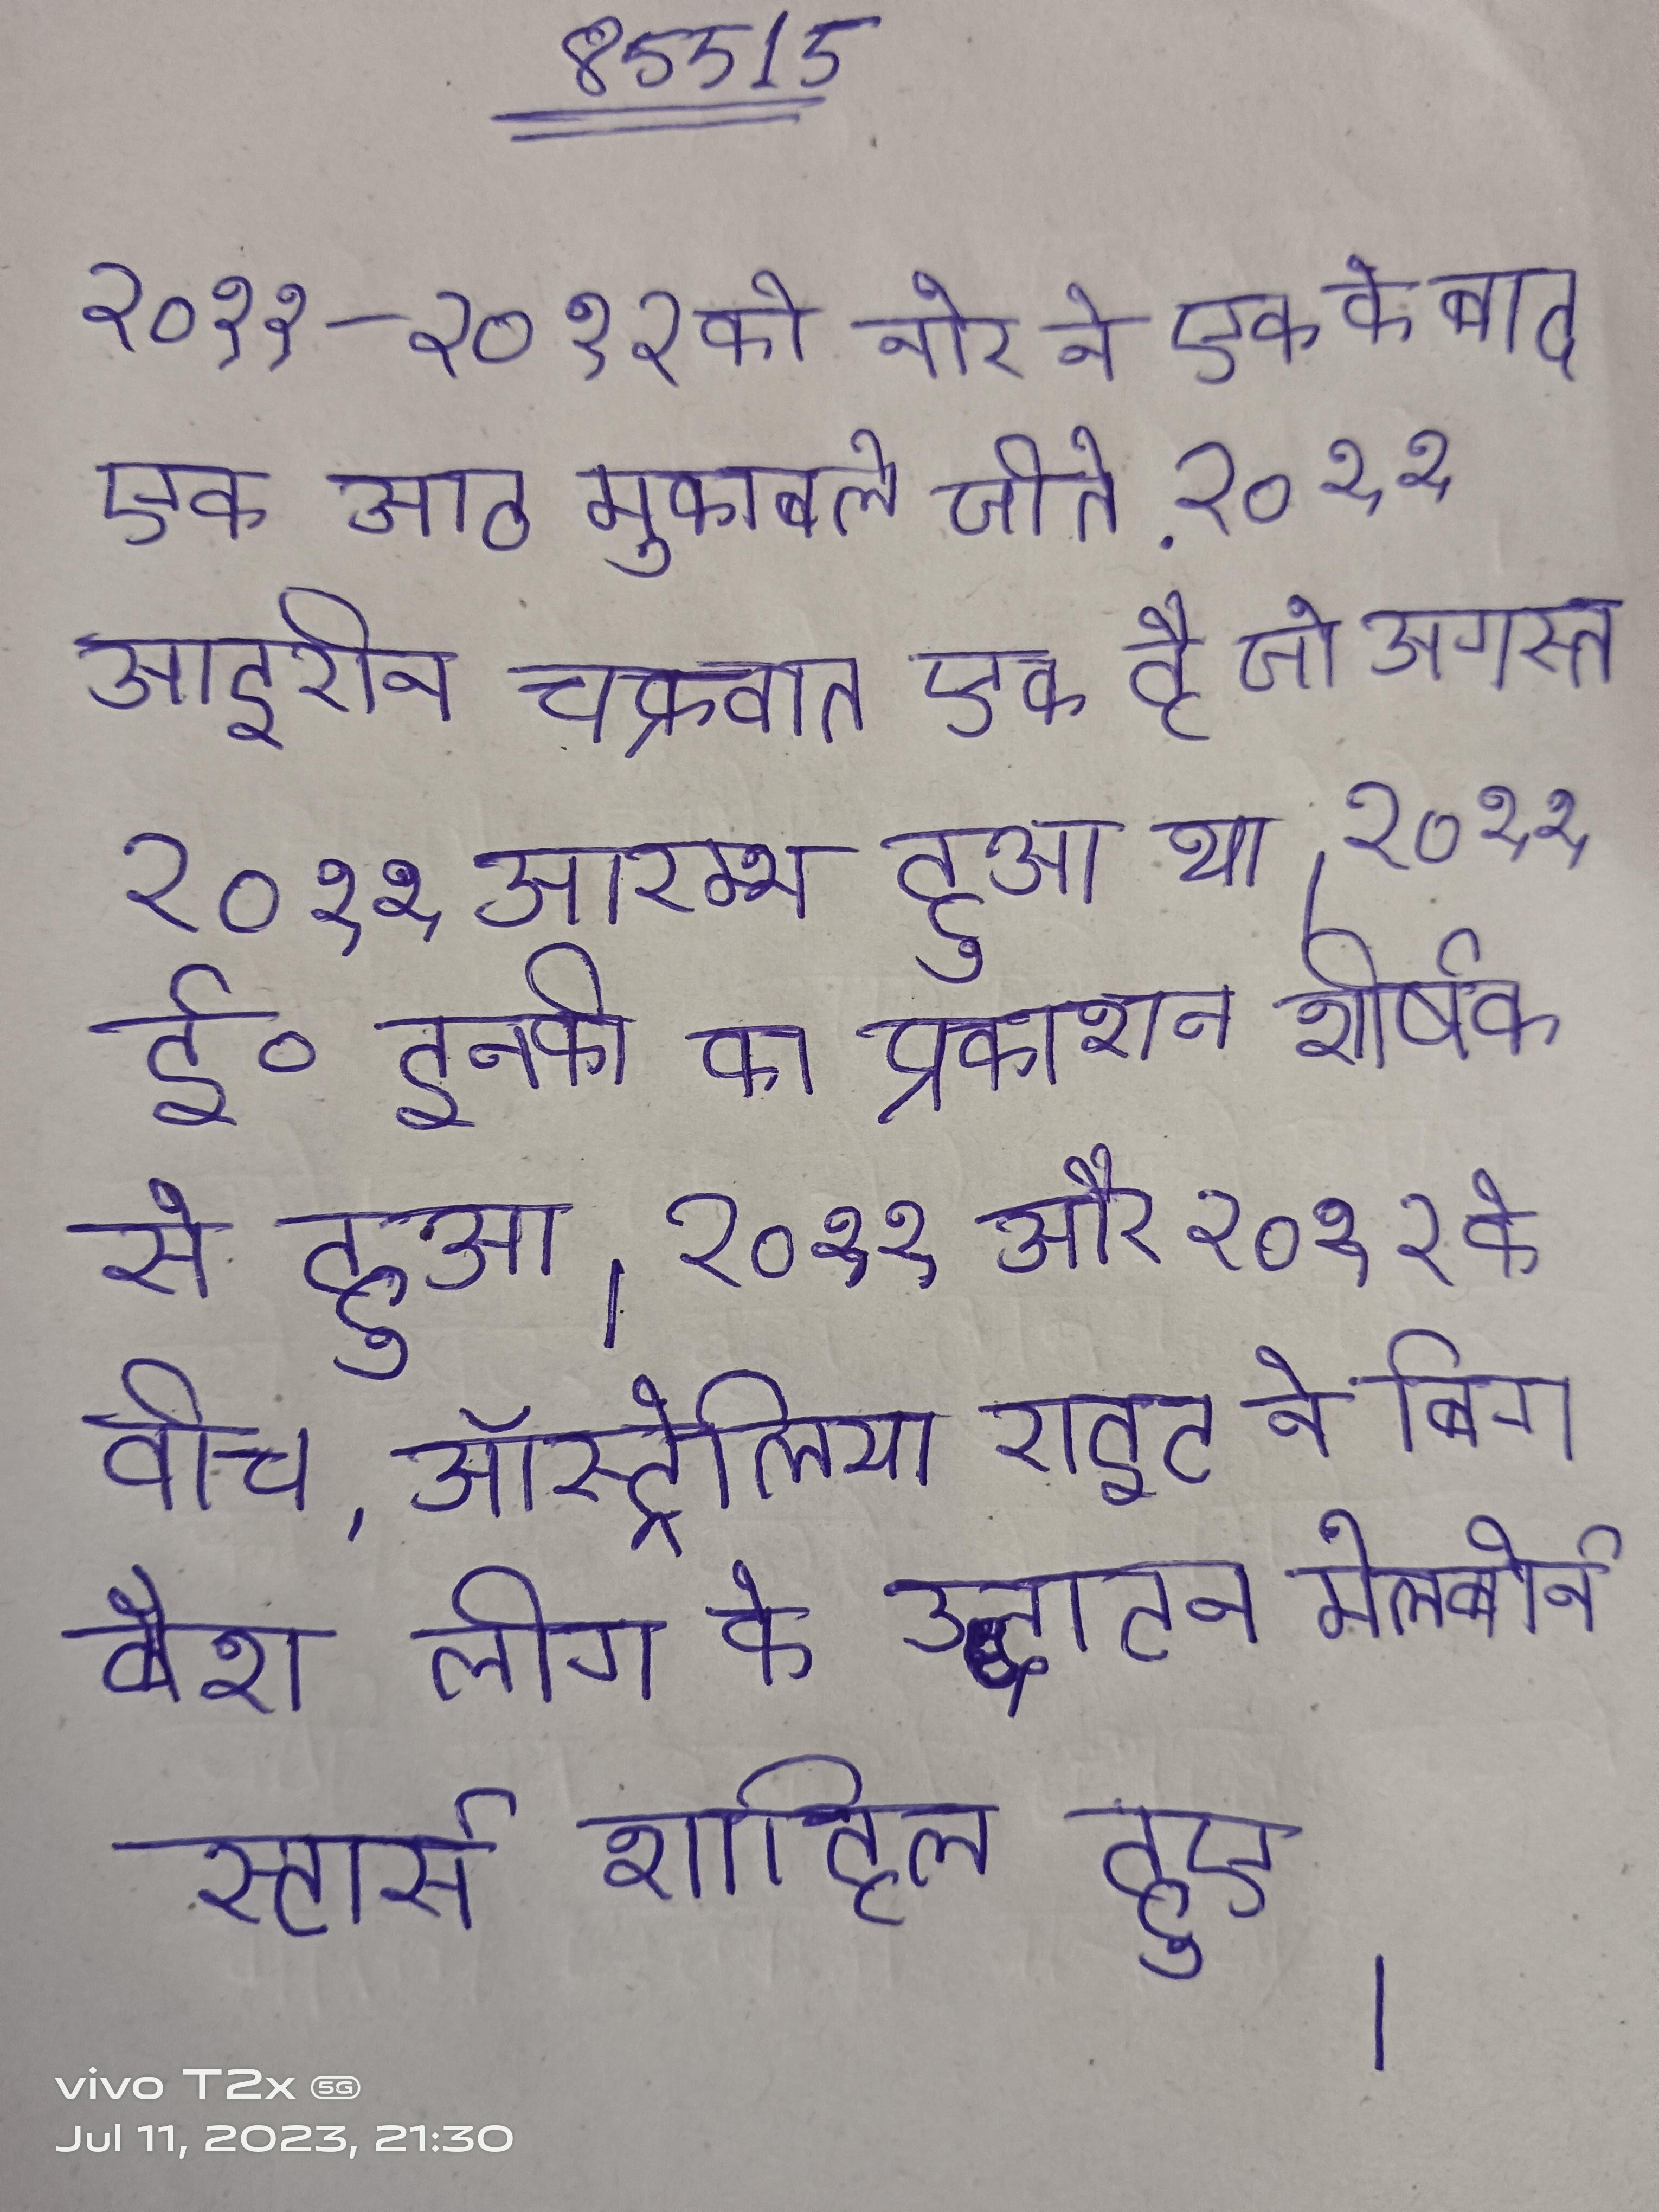
२०११-२०१२ को नोर ने एक के बाद एक आठ मुकाबले जीते . २०११ आइरीन चक्रवात एक है जो अगस्त २०११ आरम्भ हुआ था । २०११ ई॰ इनकी का प्रकाशन शीर्षक से हुआ । २०११ और २०१२ के बीच, ऑस्ट्रेलिया राइट ने बिग बैश लीग के उद्घाटन मेलबोर्न स्टार्स शाहिल हुए ।